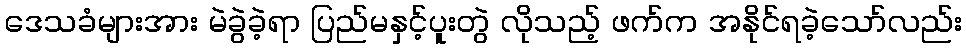
ဒေသခံများအား မဲခွဲခဲ့ရာ ပြည်မနှင့်ပူးတွဲ လိုသည့် ဖက်က အနိုင်ရခဲ့သော်လည်း